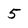
Character: 5